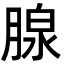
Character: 腺